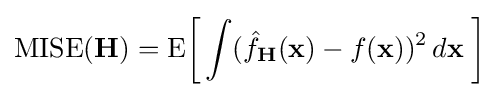
\operatorname {MISE} (\mathbf {H} )=\operatorname {E} \!\left[\,\int ({\hat {f}}_{\mathbf {H} }(\mathbf {x} )-f(\mathbf {x} ))^{2}\,d\mathbf {x} \;\right]